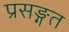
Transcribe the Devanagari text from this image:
प्रसङ्गत